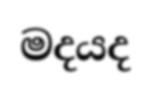
මදයද